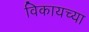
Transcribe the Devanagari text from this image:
विकायच्या